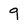
Character: 9